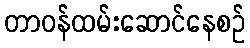
တာဝန်ထမ်းဆောင်နေစဉ်